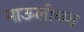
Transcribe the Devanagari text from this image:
माऊलीच्या